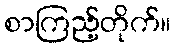
စာကြည့်တိုက်။